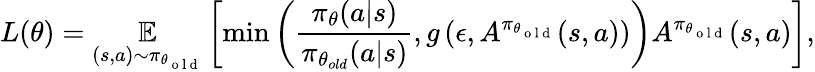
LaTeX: L(\theta)=\underset{(s,a)\sim\pi_{\theta_{\mathrm{~o~l~d~}}}}{\mathbb{E}}\left[\operatorname*{min}\left(\frac{\pi_{\theta}(a\vert s)}{\pi_{\theta_{old}}(a\vert s)},g\left(\epsilon,A^{\pi_{\theta_{\mathrm{~o~l~d~}}}}(s,a)\right)\right)A^{\pi_{\theta_{\mathrm{~o~l~d~}}}}(s,a)\right],